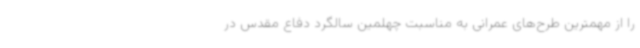
را از مهمترین طرح‌های عمرانی به مناسبت چهلمین سالگرد دفاع مقدس در